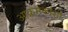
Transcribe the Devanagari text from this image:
आक्रमकांशी